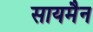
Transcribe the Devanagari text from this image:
सायमैन